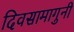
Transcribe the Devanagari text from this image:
दिवसामागुनी